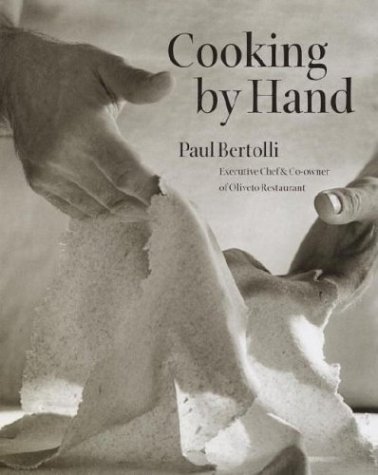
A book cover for Cooking by Hand; Paul Bertolli; Cookbooks, Food & Wine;